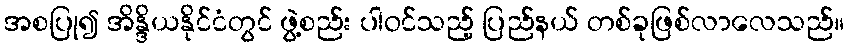
အစပြု၍ အိန္ဒိယနိုင်ငံတွင် ဖွဲ့စည်း ပါဝင်သည့် ပြည်နယ် တစ်ခုဖြစ်လာလေသည်။